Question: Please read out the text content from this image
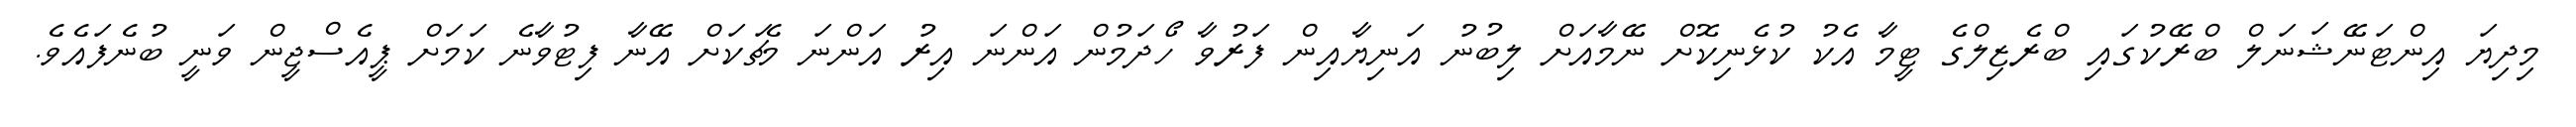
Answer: މިދިޔަ އިންޓަނޭޝަނަލް ބްރޭކުގައި ބްރެޒިލްގެ ޓީމާ އެކު ކުޅެނިކޮށް ނޭމާއަށް ލިބުނު އަނިޔާއިން ފަރުވާ ހޯދަމުން އަންނަ އިރު އަންނަ މެޗަކަށް އޭނާ ފިޓުވާނެ ކަމަށް ޕީއެސްޖީން ވަނީ ބުނެފައެވެ.